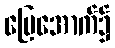
မြေအောက်၌